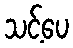
သင့်ပေ